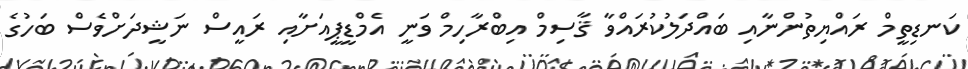
ކަނޑިތީމް ރައްޔިތުންނާއި ބައްދަލުކުރައްވާ ޤާސިމް އިބްރާހިމް ވަނީ އެމްޑީޕީއަށާއި ރައީސް ނަޝީދަށްވެސް ބަހުގެ